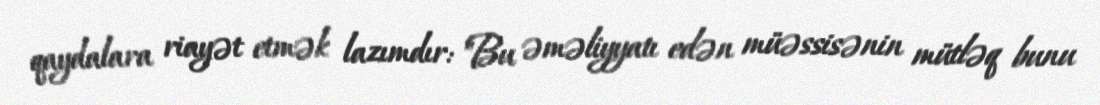
qaydalara riayət etmək lazımdır: "Bu əməliyyatı edən müəssisənin mütləq bunu